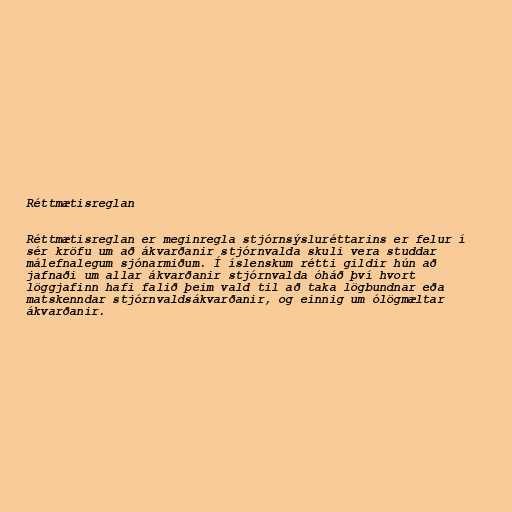
Réttmætisreglan

Réttmætisreglan er meginregla stjórnsýsluréttarins er felur í
sér kröfu um að ákvarðanir stjórnvalda skuli vera studdar
málefnalegum sjónarmiðum. Í íslenskum rétti gildir hún að
jafnaði um allar ákvarðanir stjórnvalda óháð því hvort
löggjafinn hafi falið þeim vald til að taka lögbundnar eða
matskenndar stjórnvaldsákvarðanir, og einnig um ólögmæltar
ákvarðanir.